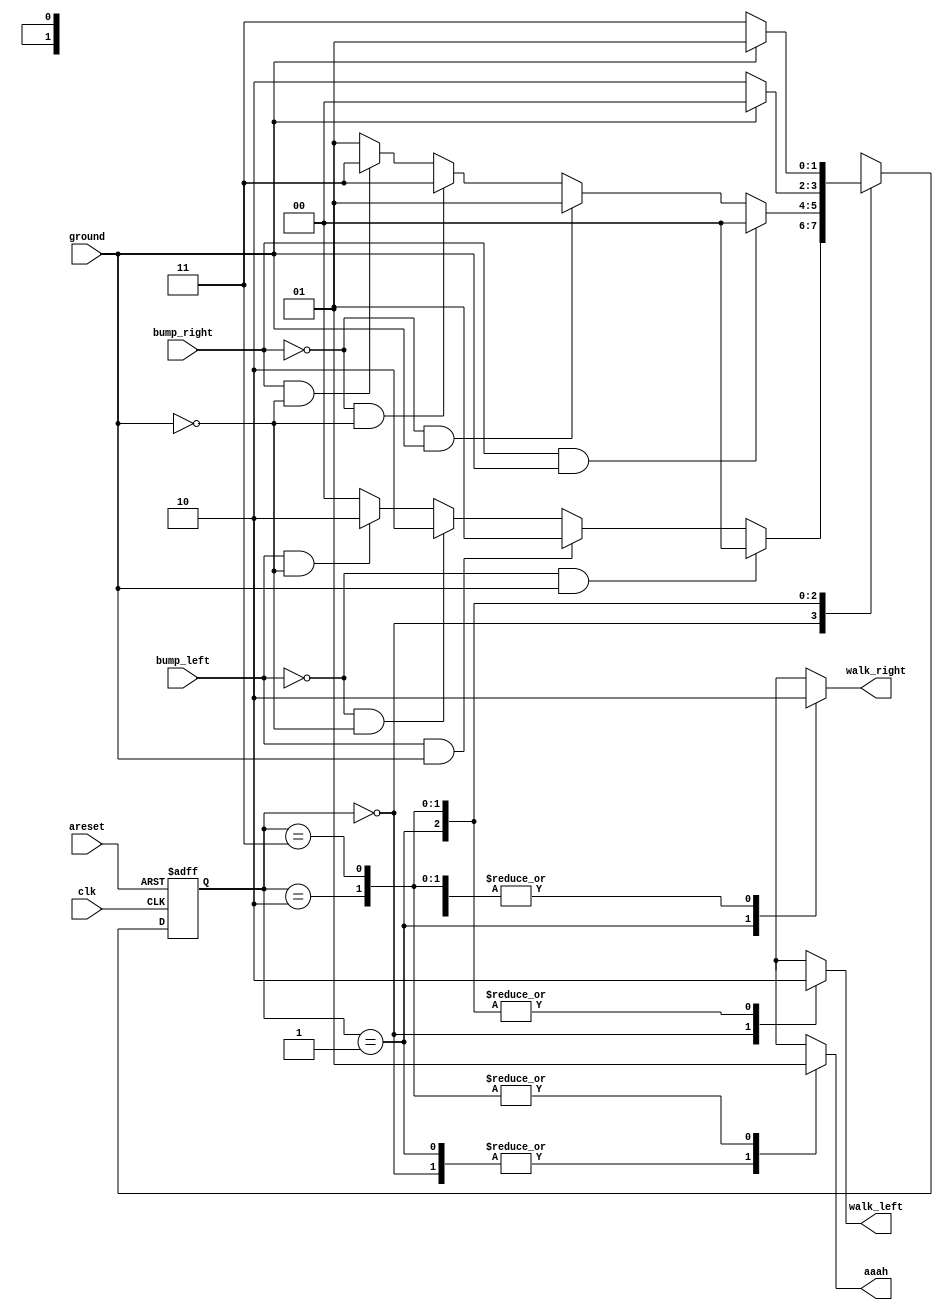
module top_module(
    input clk,
    input areset,    // Freshly brainwashed Lemmings walk left.
    input bump_left,
    input bump_right,
    input ground,
    output walk_left,
    output walk_right,
    output aaah ); 
    
    parameter LEFT=0, RIGHT=1,fall_left=2,fall_right=3;
    reg [1:0] state, next_state;
    
	always @(posedge clk, posedge areset) begin
        // State flip-flops with asynchronous reset
         if (areset) begin
            state <= LEFT;
         end
         else
            state <= next_state;
    end
    
    
    	always @(*) begin
        // State transition logic
        case(state)
			LEFT: begin
                if (~bump_left&ground) next_state <= LEFT;
                else if (bump_left&ground) next_state <= RIGHT;
                else if (~bump_left&~ground) next_state <= fall_left;
                else if (bump_left&~ground) next_state <= fall_left;
                else next_state <= LEFT;
            end
			RIGHT: begin
                if (bump_right&ground) next_state <= LEFT;
                else if (~bump_right&ground) next_state <= RIGHT;
                else if (~bump_right&~ground) next_state <= fall_right;
                else if (bump_right&~ground) next_state <= fall_right;
                else next_state <= RIGHT;
            end
            fall_left: begin
                if (~ground) next_state <= fall_left;
                else if (ground) next_state <= LEFT;
                else next_state <= fall_left;
            end
            fall_right: begin
                if (~ground) next_state <= fall_right;
                else if (ground) next_state <= RIGHT;
                else next_state <= fall_right;
            end
        endcase
    end
    
        always @(*) begin
            case(state)
                LEFT: begin
                    walk_left <= 1;
                    walk_right <= 0;
                    aaah <= 0;
                end
                RIGHT: begin
                    walk_left <= 0;
                    walk_right <= 1;
                    aaah <= 0;
                end
                fall_left: begin
                    walk_left <= 0;
                    walk_right <= 0;
                    aaah <= 1;
                end
                fall_right: begin
                    walk_left <= 0;
                    walk_right <= 0;
                    aaah <= 1;
                end
                default: begin 
                    walk_left <= 1;
                    walk_right <= 0;
                    aaah <= 0;
                end
            endcase
    end
endmodule